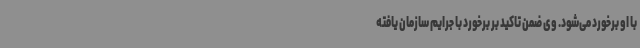
با او برخورد می‌شود. وی ضمن تاکید بر برخورد با جرایم سازمان یافته